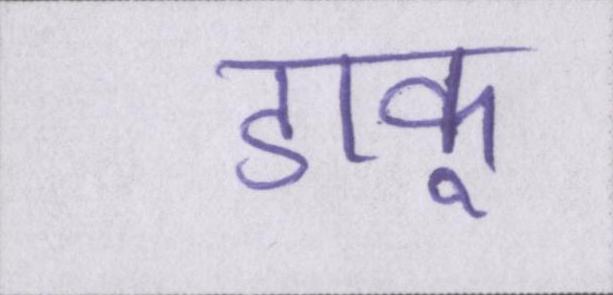
डाकू